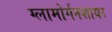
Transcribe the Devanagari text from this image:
ग्लामोर्गनशायर